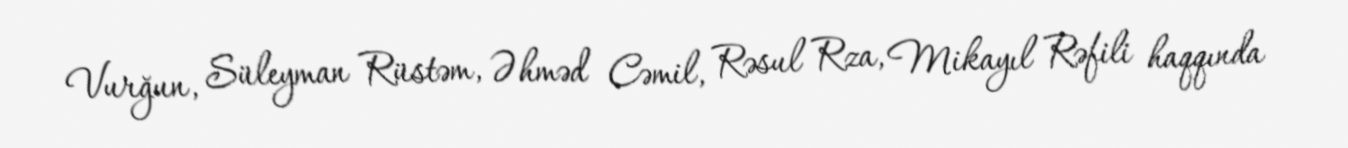
Vurğun, Süleyman Rüstəm, Əhməd Cəmil, Rəsul Rza, Mikayıl Rəfili haqqında